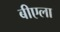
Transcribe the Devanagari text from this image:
बीएला